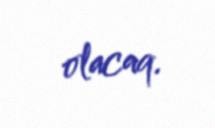
olacaq.